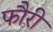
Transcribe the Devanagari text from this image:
फौरी